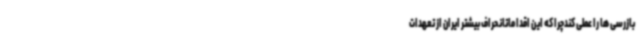
بازرسی ها را عملی کندچرا که این اقداماتانحراف بیشتر ایران از تعهدات